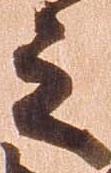
之